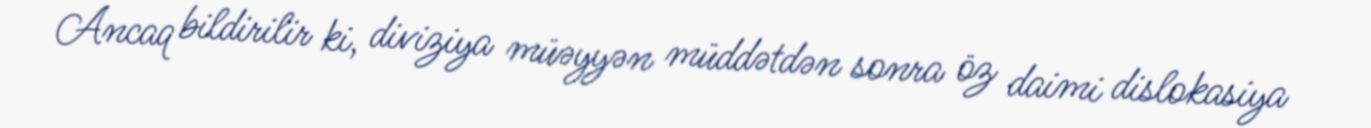
Ancaq bildirilir ki, diviziya müəyyən müddətdən sonra öz daimi dislokasiya